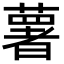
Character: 薯